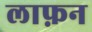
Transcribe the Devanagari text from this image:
लाफ़न